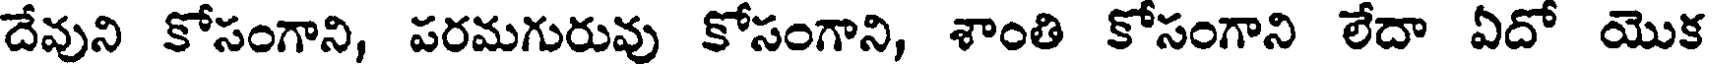
దేవుని కోసంగాని, పరమగురువు కోసంగాని, శాంతి కోసంగాని లేదా ఏదో యొక